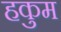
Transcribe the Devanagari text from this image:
हकुम